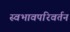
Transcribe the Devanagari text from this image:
स्वभावपरिवर्तन